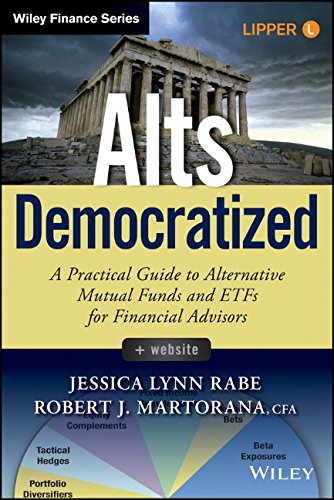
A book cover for Alts Democratized, + Website: A Practical Guide to Alternative Mutual Funds and ETFs for Financial Advisors (Wiley Finance); Jessica Lynn Rabe; Business & Money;